Malaria in the Punjab - Number 46
Disease focus: Malaria
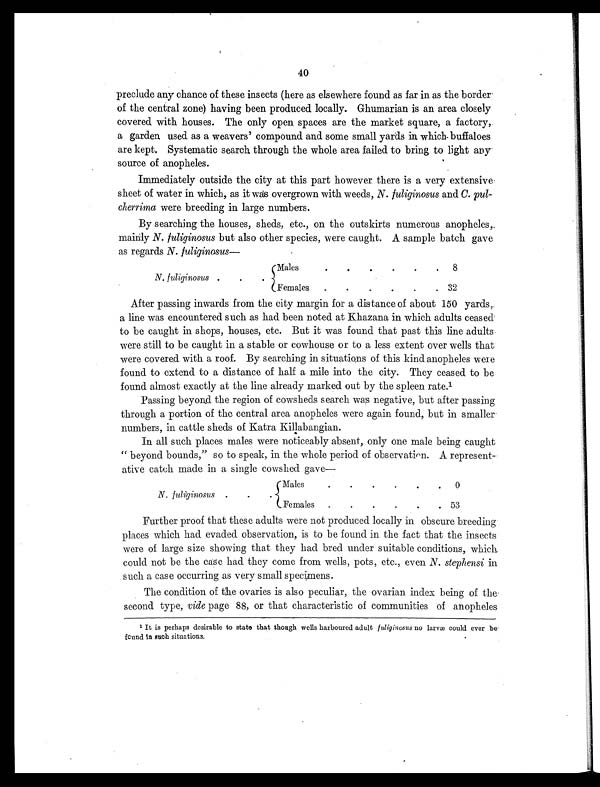
40
preclude any chance of these insects (here as elsewhere found as far in as the border
of the central zone) having been produced locally. Ghumarian is an area closely
covered with houses. The only open spaces are the market square, a factory,
a garden used as a weavers' compound and some small yards in which buffaloes
are kept. Systematic search through the whole area failed to bring to light any
source of anopheles.
Immediately outside the city at this part however there is a very extensive
sheet of water in which, as it was overgrown with weeds, N. fuliginosus and C. pul
-cherrima were breeding in large numbers.
By searching the houses, sheds, etc., on the outskirts numerous anopheles,
mainly N. fuliginosus but also other species, were caught. A sample batch gave
as regards N. fuliginosus
—
N. fuliginosus .
.
.
Males
.
.
.
.
.
. 8
Females. .
.
.
.
32
After passing inwards from the city margin for a distance of about 150 yards,
a line was encountered such as had been noted at Khazana in which adults ceased
to be caught in shops, houses, etc. But it was found that past this line adults
were still to be caught in a stable or cowhouse or to a less extent over wells that
were covered with a roof. By searching in situations of this kind anopheles were
found to extend to a distance of half a mile into the city. They ceased to be
found almost exactly at the line already marked out by the spleen rate. 1
Passing beyond the region of cowsheds search was negative, but after passing
through a portion of the central area anopheles were again found, but in smaller
numbers, in cattle sheds of Katra Killabangian.
In all such places males were noticeably absent, only one male being caught
" beyond bounds," so to speak, in the whole period of observation. A represent
- a t i v e c a t c h m a d e i n a s i n g l e c o w s h e d g a v e —
N. fuliginosus .
.
.
Males .
.
.
.
0
Females
53
Further proof that these adults were not produced locally in obscure breeding
places which had evaded observation, is to be found in the fact that the insects
were of large size showing that they had bred under suitable conditions, which
could not be the case had they come from wells, pots, etc., even N. stephensi in
such a case occurring as very small specimens.
The condition of the ovaries is also peculiar, the ovarian index being of the
second type, vide page 88, or that characteristic of communities of anopheles
1 It is perhaps desirable to state that though wells harboured adult fuliginosus no larvæ could ever be
found in such situations.